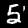
Digit: 5